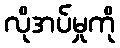
လိုအပ်မှုကို